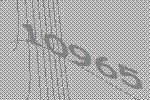
10965